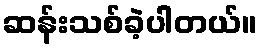
ဆန်းသစ်ခဲ့ပါတယ်။